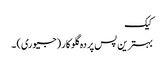
کیک
بہترین پس پردہ گلوکار (جیوری) ۔